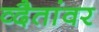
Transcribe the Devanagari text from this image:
व्दैतांवर